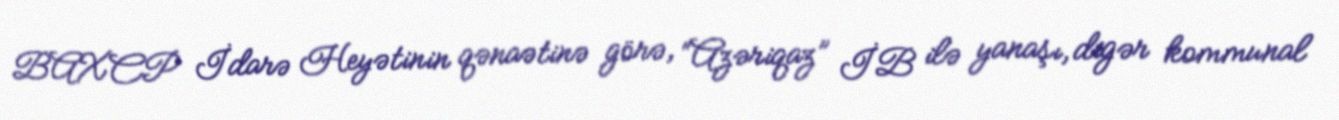
BAXCP İdarə Heyətinin qənaətinə görə, “Azəriqaz” İB ilə yanaşı, digər kommunal